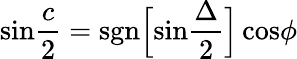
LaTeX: \mathrm{sin}{\frac{c}{2}}=\mathrm{sgn}\Big[\mathrm{sin}{\frac{\Delta}{2}}\Big]\, \mathrm{cos}\phi